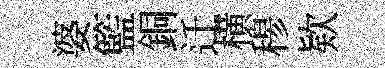
婆籃銅迁横𥠇欵